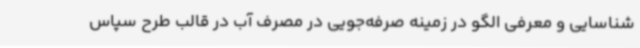
شناسایی و معرفی الگو در زمینه صرفه‌جویی در مصرف آب در قالب طرح سپاس